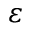
\varepsilon